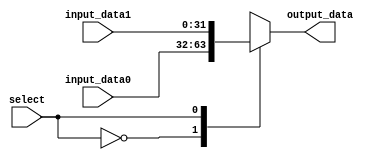
`timescale 1ns / 1ps

// Mulitiplexer for selecting from two 32-bit inputs
module mux_1bit(output_data, input_data0, input_data1, select);

parameter word_size = 32;

// inputs
input select;
input [word_size-1:0] input_data0, input_data1;

// output
output reg [word_size-1:0] output_data;

// select the input
always @(select or input_data0 or input_data1) begin
	case (select)
		0: output_data <= input_data0;
		1: output_data <= input_data1;
		default: output_data <= 0;
	endcase
end

endmodule